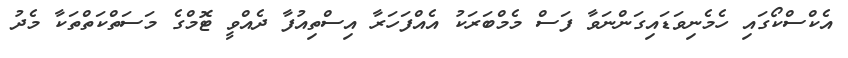
އެކްސްކޯގައި ހެމެނިވަޑައިގަންނަވާ ފަސް މެމްބަރަކު އެއްފަހަރާ އިސްތިއުފާ ދެއްވީ ޓޮމްގެ މަސަތްކަތްތަކާ މެދު